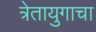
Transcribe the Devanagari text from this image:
त्रेतायुगाचा